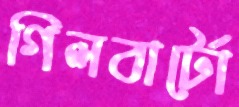
গিলবার্টো